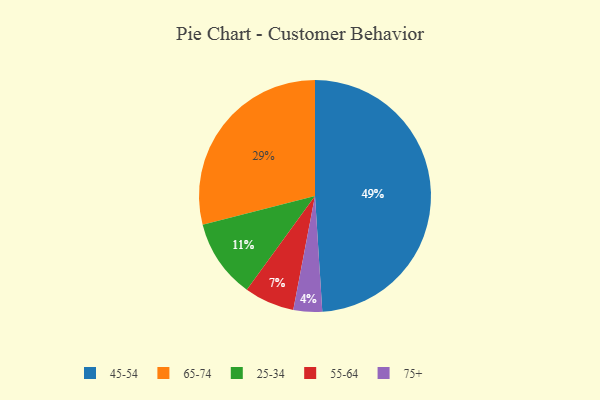
{"axis": {"x": "Category", "y": "Percentage"}, "legend": ["25-34", "45-54", "55-64", "65-74", "75+"], "data": [{"x": "45-54", "y": 49, "type": "45-54"}, {"x": "55-64", "y": 7, "type": "55-64"}, {"x": "65-74", "y": 29, "type": "65-74"}, {"x": "25-34", "y": 11, "type": "25-34"}, {"x": "75+", "y": 4, "type": "75+"}]}